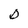
Character: D